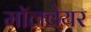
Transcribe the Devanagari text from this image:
मॉलवेयर